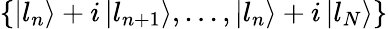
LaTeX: \left\{ \left\lvert l_{n}\right\rangle+i\left\lvert l_{n+1}\right\rangle,...,\left\lvert l_{n}\right\rangle+i\left\lvert l_{N}\right\rangle\right\}